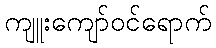
ကျူးကျော်ဝင်ရောက်